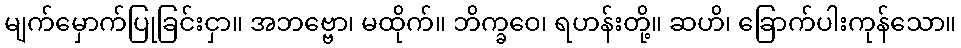
မျက်မှောက်ပြုခြင်းငှာ။ အဘဗ္ဗော၊ မထိုက်။ ဘိက္ခဝေ၊ ရဟန်းတို့။ ဆဟိ၊ ခြောက်ပါးကုန်သော။